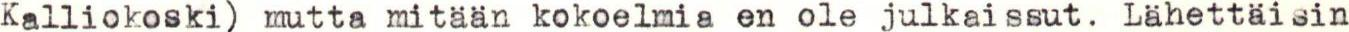
Kalliokoski) mutta mitään kokoelmia en ole julkaissut. Lähettäisin